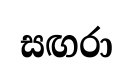
සඟරා